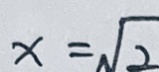
x = \sqrt { 2 }